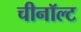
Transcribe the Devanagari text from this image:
चीनॉल्ट